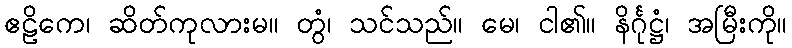
ဧဠိကေ၊ ဆိတ်ကုလားမ။ တွံ၊ သင်သည်။ မေ၊ ငါ၏။ နိင်္ဂုဋ္ဌံ၊ အမြီးကို။